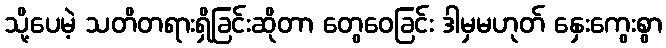
သို့ပေမဲ့ သတိတရားရှိခြင်းဆိုတာ တွေဝေခြင်း ဒါမှမဟုတ် နှေးကွေးစွာ